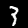
Label: 3